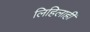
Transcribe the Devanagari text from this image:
लिहिलाही